Annual report of the Punjab Veterinary College and of the Civil Veterinary Department, Punjab - 1909-1919
Year: 1909
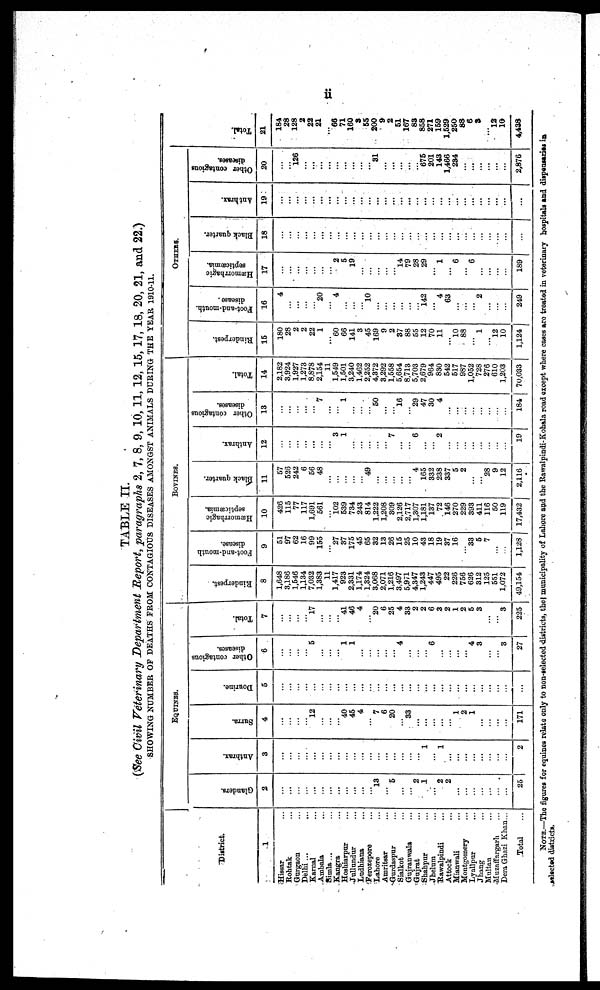
ii
TABLE II.
(See Civil Veterinary Department Report, paragraphs 2, 7, 8, 9, 10, 11, 12, 15, 17, 18, 20, 21, and 22.)
SHOWING NUMBER OF DEATHS FROM CONTAGIOUS DISEASES AMONGST ANIMALS DURING THE YEAR 1910-11.
District.
1
Hissar ...
Rohtak ...
Gurgaon ...
Delhi ...
Karnal ...
Ambala ...
Simla ... ...
Kangra ...
Hoshiarpur ...
Jullundur ...
Ludhiana ...
Ferozepore ...
Lahore ...
Amritsar ...
Gurdaspur ...
Sialkot ...
Gujranwala ...
Gujrab ...
Shahpur ...
Jhelum ...
Rawalpindi ...
Attock ...
Mianwali ...
Montgomery ...
Lyallpur ...
Jhang ...
Multan ...
Muzaffargarh ...
DeraGhazi Khan...
Total ...
EQUINES.
Glanders.
2
...
...
...
...
...
...
...
...
...
...
...
...
13
...
5
...
...
2
1
...
2
2
...
...
...
...
...
...
...
25
Anthrax.
3
...
...
...
...
...
...
...
...
...
...
...
...
...
...
...
...
...
...
1
...
1
...
...
...
...
2
Surra.
4
...
...
...
...
12
...
...
...
40
45
4
...
7
6
20
...
33
...
...
...
...
...
1
2
1
...
...
...
...
171
Dourine.
5
...
...
...
...
...
...
...
...
...
...
...
...
...
...
...
...
...
...
...
...
...
...
...
...
...
...
...
...
Other contagious
diseases.
6
...
...
...
...
5
...
...
...
1
1
...
...
...
...
...
4
...
...
...
6
...
...
...
...
4
3
...
...
3
27
Total.
7
...
...
...
...
17
...
...
41
46
4
...
20
6
25
4
33
2
2
6
3
2
1
2
5
3
...
...
3
225
BOVINES.
Rinderpest.
8
1,648
3,186
1,546
1,134
7,032
1,383
11
1,417
923
2,331
1,174
1,324
3,068
2,071
1,216
3,497
5,971
4,347
1,243
447
495
22
226
756
626
312
125
551
1,072
49,134
Foot-and-mouth
disease.
9
51
97
62
16
99
155
...
27
37
175
45
65
32
13
26
15
25
10
43
18
19
37
16
...
33
5
7
...
...
1,128 I
Hæmorrhagic
septicæmia.
10
426
115
77
117
1,691
561
...
102
539
734
243
814
1,222
1,208
309
2,126
2,717
1,307
1,181
137
72
146
270
229
393
411
116
50
119
17,432
Black quarter.
11
57
526
242
6
56
48
...
...
...
...
...
49
...
...
...
......
...
4
165
332
238
337
5
2
...
...
28
9
12
2,116
Anthrax.
12
...
...
...
...
...
...
...
3
1
...
...
...
...
...
7
...
...
6
...
...
2
...
...
...
...
...
...
...
...
19
Other contagious
diseases.
13
...
...
...
...
...
7
...
...
1
...
...
...
50
...
...
16
...
29
47
30
4
...
...
...
...
...
...
...
...
184
Total.
14
2,182
3,924
1,927
1,273
8,878
2,154
11
1,549
1,501
3,240
1,462
2,252
4,372
3,292
1,558
5,654
8,713
5,703
2,679
964
830
542
517
987
1,052
728
276
610
1,203
70,033
OTHERS.
Rinderpest.
15
180
28
2
2
22
1
...
60
66
141
3
45
169
9
2
37
88
55
12
70
11
...
10
88
...
1
...
12
10
1,124
Foot-and-mouth.
disease.
16
4
...
...
...
...
20
...
4
...
...
...
10
...
...
...
...
...
...
142
...
4
63
...
...
...
2
...
...
...
249
Hæmorrhagic
septicæmia.
17
...
...
...
...
...
...
...
2
5
19
...
...
...
...
...
14
79
28
29
...
1
...
6
...
6
...
...
...
...
189
Black quarter.
18
...
...
...
...
...
...
...
...
...
...
...
...
...
...
...
...
...
...
...
...
...
...
...
...
...
...
...
...
...
...
Anthrax.
19
...
...
...
...
...
...
...
...
...
...
...
...
...
...
...
...
...
...
...
...
...
...
...
...
...
...
...
...
...
...
Other contagious
diseases.
20
...
...
126
...
...
...
...
...
...
...
...
...
31
...
...
...
...
...
675
201
143
1,466
234
...
...
...
...
...
...
2,876
Tot al .
21
184
28
128
2
22
21
...
66
71
160
3
55
200
9
2
51
167
83
858
271
159
1,529
250
88
6
3
...
12
10
4,438
NOTE.—The figures for equines relate only to non-selected districts, the municipality of Lahore and the Rawalpindi-Kohala road except where cases are treated in veterinary hospitals and dispensaries in
selected districts.